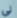
لي